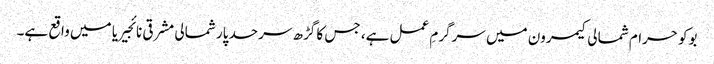
بوکو حرام شمالی کیمرون میں سرگرمِ عمل ہے، جس کا گڑھ سرحد پار شمالی مشرقی نائجیریا میں واقع ہے۔